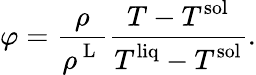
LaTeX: \varphi=\frac{\displaystyle\rho}{\displaystyle\rho^{\mathrm{~L~}}}\frac{\displaystyle T-T^{\mathrm{sol}}}{\displaystyle T^{\mathrm{liq}}-T^{\mathrm{sol}}}.